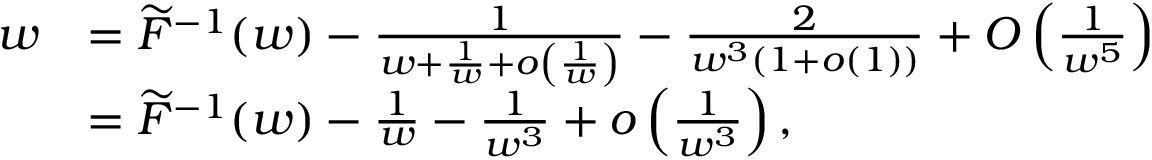
\begin{array} { r l } { w } & { = \widetilde { F } ^ { - 1 } ( w ) - \frac 1 { w + \frac 1 { w } + o \left( \frac 1 { w } \right) } - \frac { 2 } { w ^ { 3 } ( 1 + o ( 1 ) ) } + O \left( \frac 1 { w ^ { 5 } } \right) } \\ & { = \widetilde { F } ^ { - 1 } ( w ) - \frac 1 { w } - \frac 1 { w ^ { 3 } } + o \left( \frac 1 { w ^ { 3 } } \right) , } \end{array}